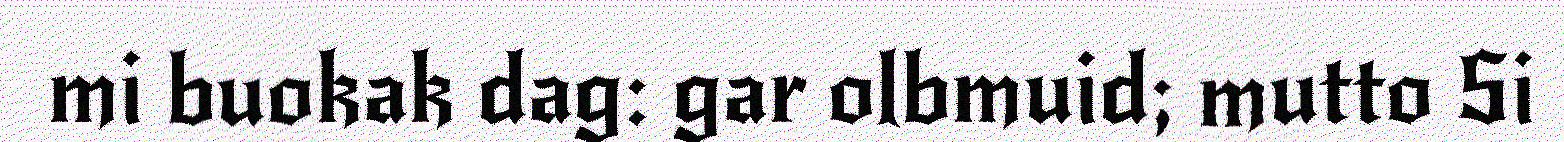
mi buokak dag: gar olbmuid; mutto Si